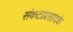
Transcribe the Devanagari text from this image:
संकटाप्रसादके